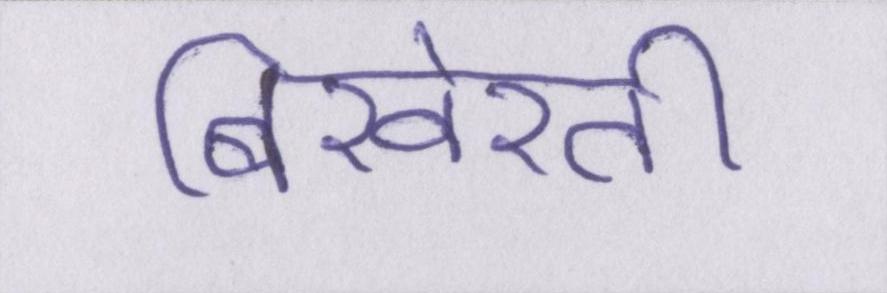
बिखेरती